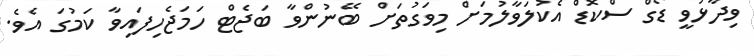
ވިދާޅުވީ ޑޯގް ސްކޮޑް އެކުލަވާލުމަށް މިވަގުތަށް ބޭނުންވާ ބަޖެޓް ހަމަޖެހިފައިވާ ކަމުގަ އެވެ.